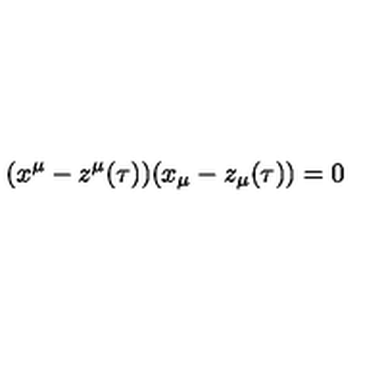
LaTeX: ( x ^ { \mu } - z ^ { \mu } ( \tau ) ) ( x _ { \mu } - z _ { \mu } ( \tau ) ) = 0